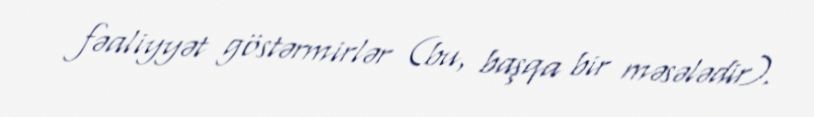
fəaliyyət göstərmirlər (bu, başqa bir məsələdir).